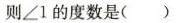
则\angle1的度数是()